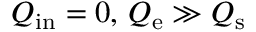
Q _ { \mathrm { i n } } = 0 , \, Q _ { \mathrm { e } } \gg Q _ { \mathrm { s } }